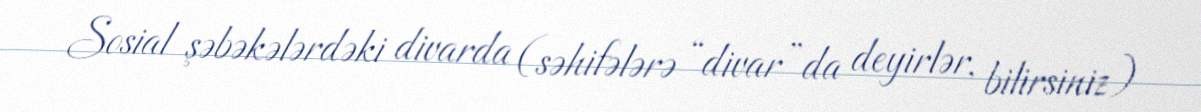
Sosial şəbəkələrdəki divarda (səhifələrə “divar”da deyirlər, bilirsiniz)